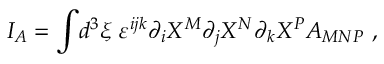
I _ { A } = \int \! d ^ { 3 } \xi \; \varepsilon ^ { i j k } \partial _ { i } X ^ { M } \partial _ { j } X ^ { N } \partial _ { k } X ^ { P } A _ { M N P } \ ,